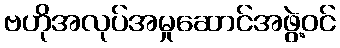
ဗဟိုအလုပ်အမှုဆောင်အဖွဲ့ဝင်